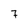
Character: 7